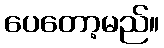
ပေတော့မည်။